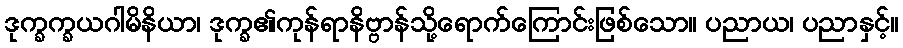
ဒုက္ခက္ခယဂါမိနိယာ၊ ဒုက္ခ၏ကုန်ရာနိဗ္ဗာန်သို့ရောက်ကြောင်းဖြစ်သော။ ပညာယ၊ ပညာနှင့်။